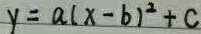
y = a ( x - b ) ^ { 2 } + c